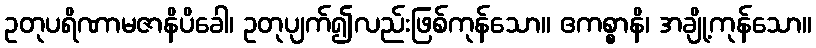
ဥတုပရိဏာမဇာနိပိခေါ၊ ဥတုပျက်၍လည်းဖြစ်ကုန်သော။ ဧကစ္စာနိ၊ အချို့ကုန်သော။